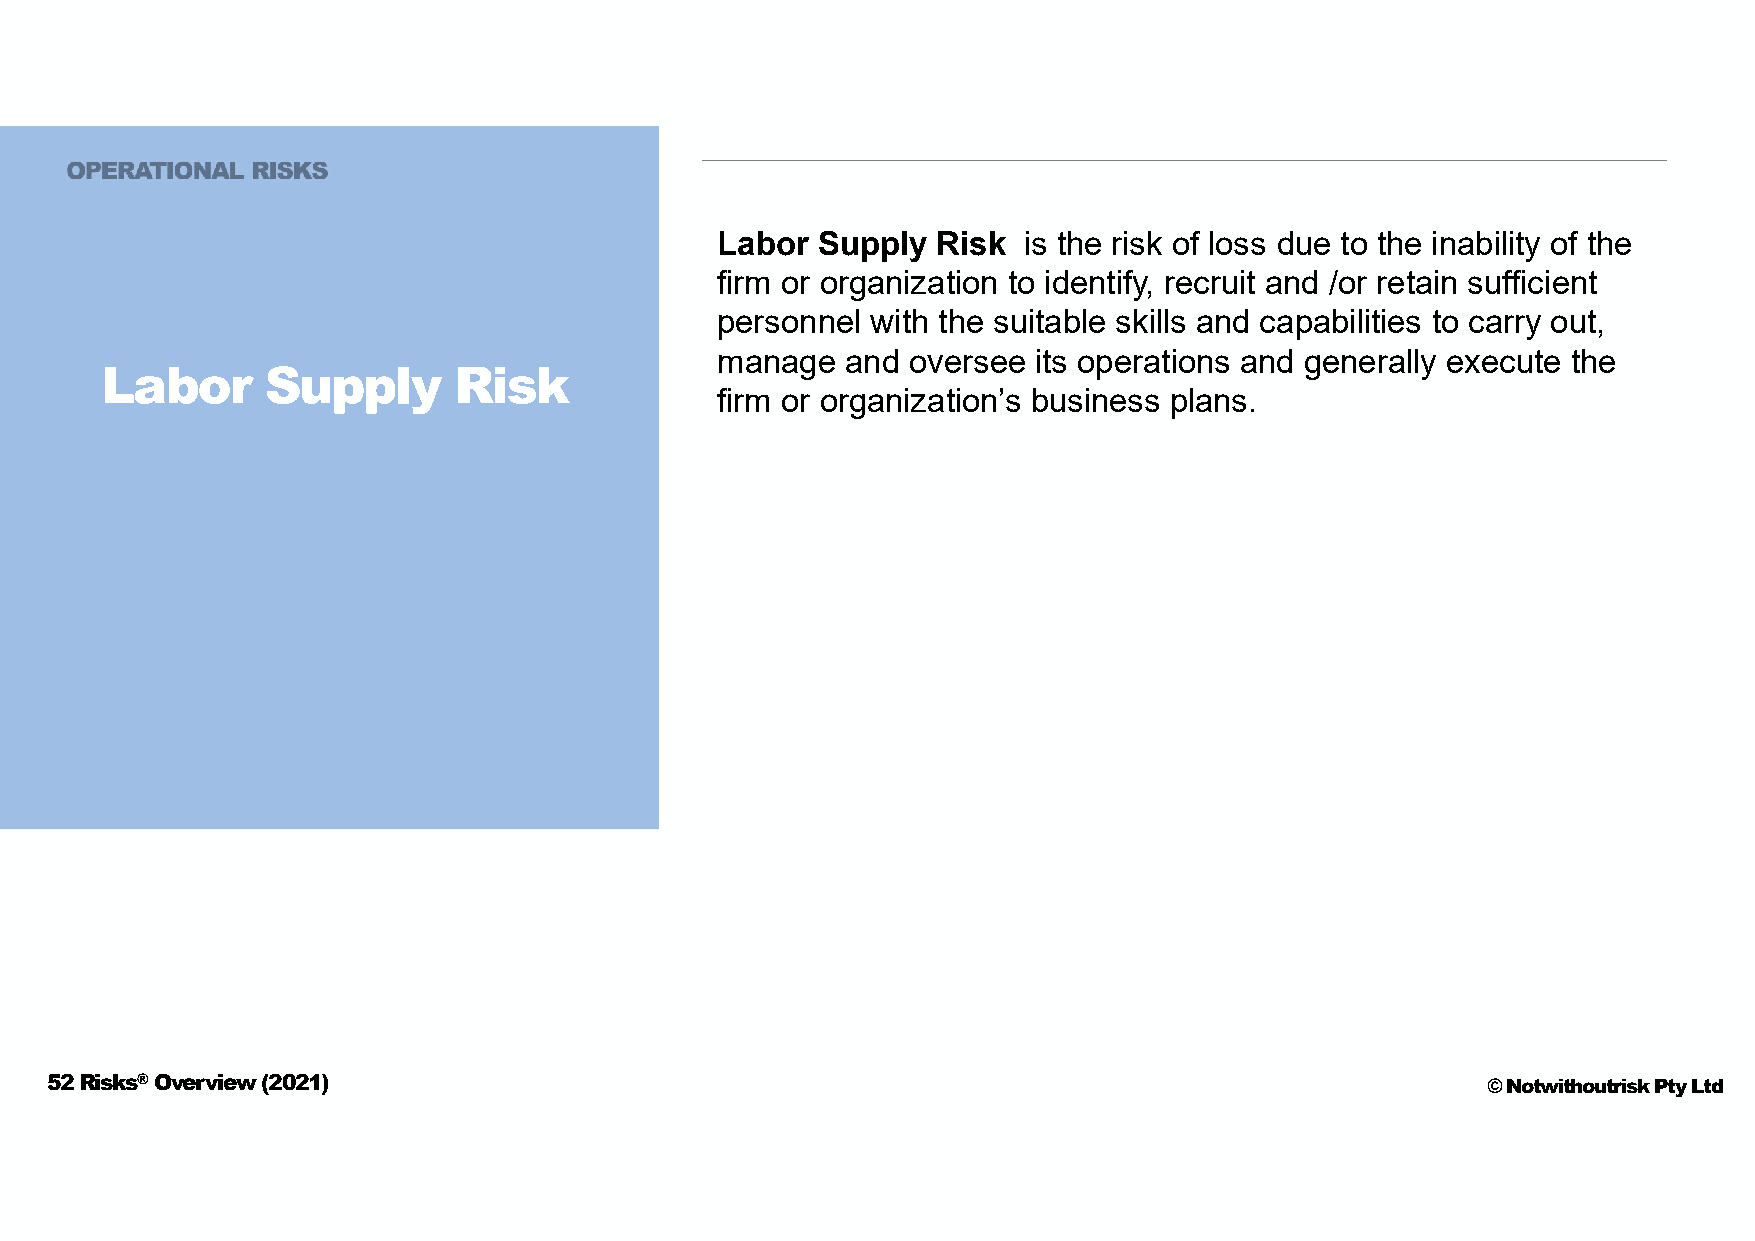
Labor  Supply  Risk  is the risk of loss due to the inability of the
 firm or organization to identify, recruit and /or retain sufficient
 personnel  with the suitable skills and capabilities to carry out,
 manage   and oversee its operations and generally execute the
 Labor      Supply      Risk
 firm or organization’s business plans.
 52 Risks®Overview (2021)                                                                       © Notwithoutrisk Pty Ltd